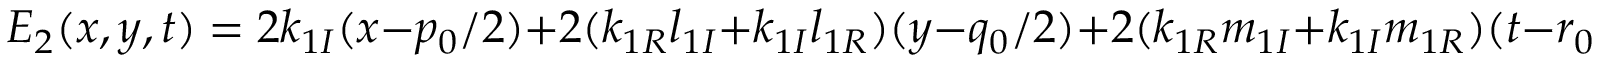
E _ { 2 } ( x , y , t ) = 2 k _ { 1 I } ( x - { p _ { 0 } } / { 2 } ) + 2 ( k _ { 1 R } l _ { 1 I } + k _ { 1 I } l _ { 1 R } ) ( y - { q _ { 0 } } / { 2 } ) + 2 ( k _ { 1 R } m _ { 1 I } + k _ { 1 I } m _ { 1 R } ) ( t - { r _ { 0 } } / { 2 } )